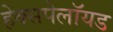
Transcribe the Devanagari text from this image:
हेक्सपेलॉयड